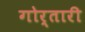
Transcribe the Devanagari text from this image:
गोर्तारी